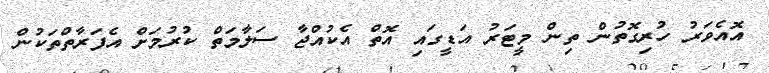
އޮއެވަރު ހުރިގޮތުން ތިން މީޓަރު އަޑީގައި އޮތް އެކުއްޖާ ސަލާމަތް ކުރުމަށް އެފަރާތްތަކުން